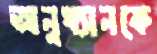
অনুধ্যানকে